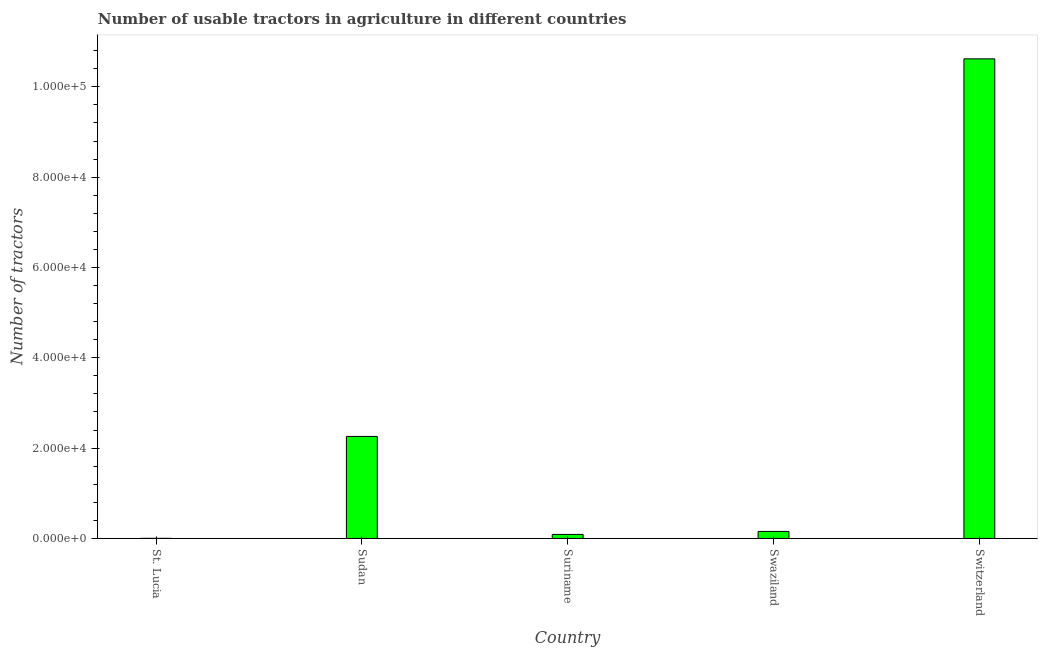
| Country | Agricultural machinery |
 | --- | --- |
 | St. Lucia | 14 |
 | Sudan | 2.26e+04 |
 | Suriname | 885 |
 | Swaziland | 1.55e+03 |
 | Switzerland | 1.06e+05 |